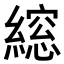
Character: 𮈾